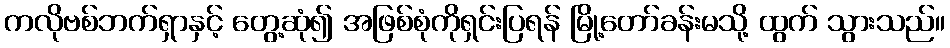
ကလိုဗစ်ဘက်ရှာနှင့် တွေ့ဆုံ၍ အဖြစ်စုံကိုရှင်းပြရန် မြို့တော်ခန်းမသို့ ထွက် သွားသည်။